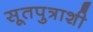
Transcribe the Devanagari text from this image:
सूतपुत्राशी